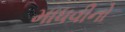
માધવીનો